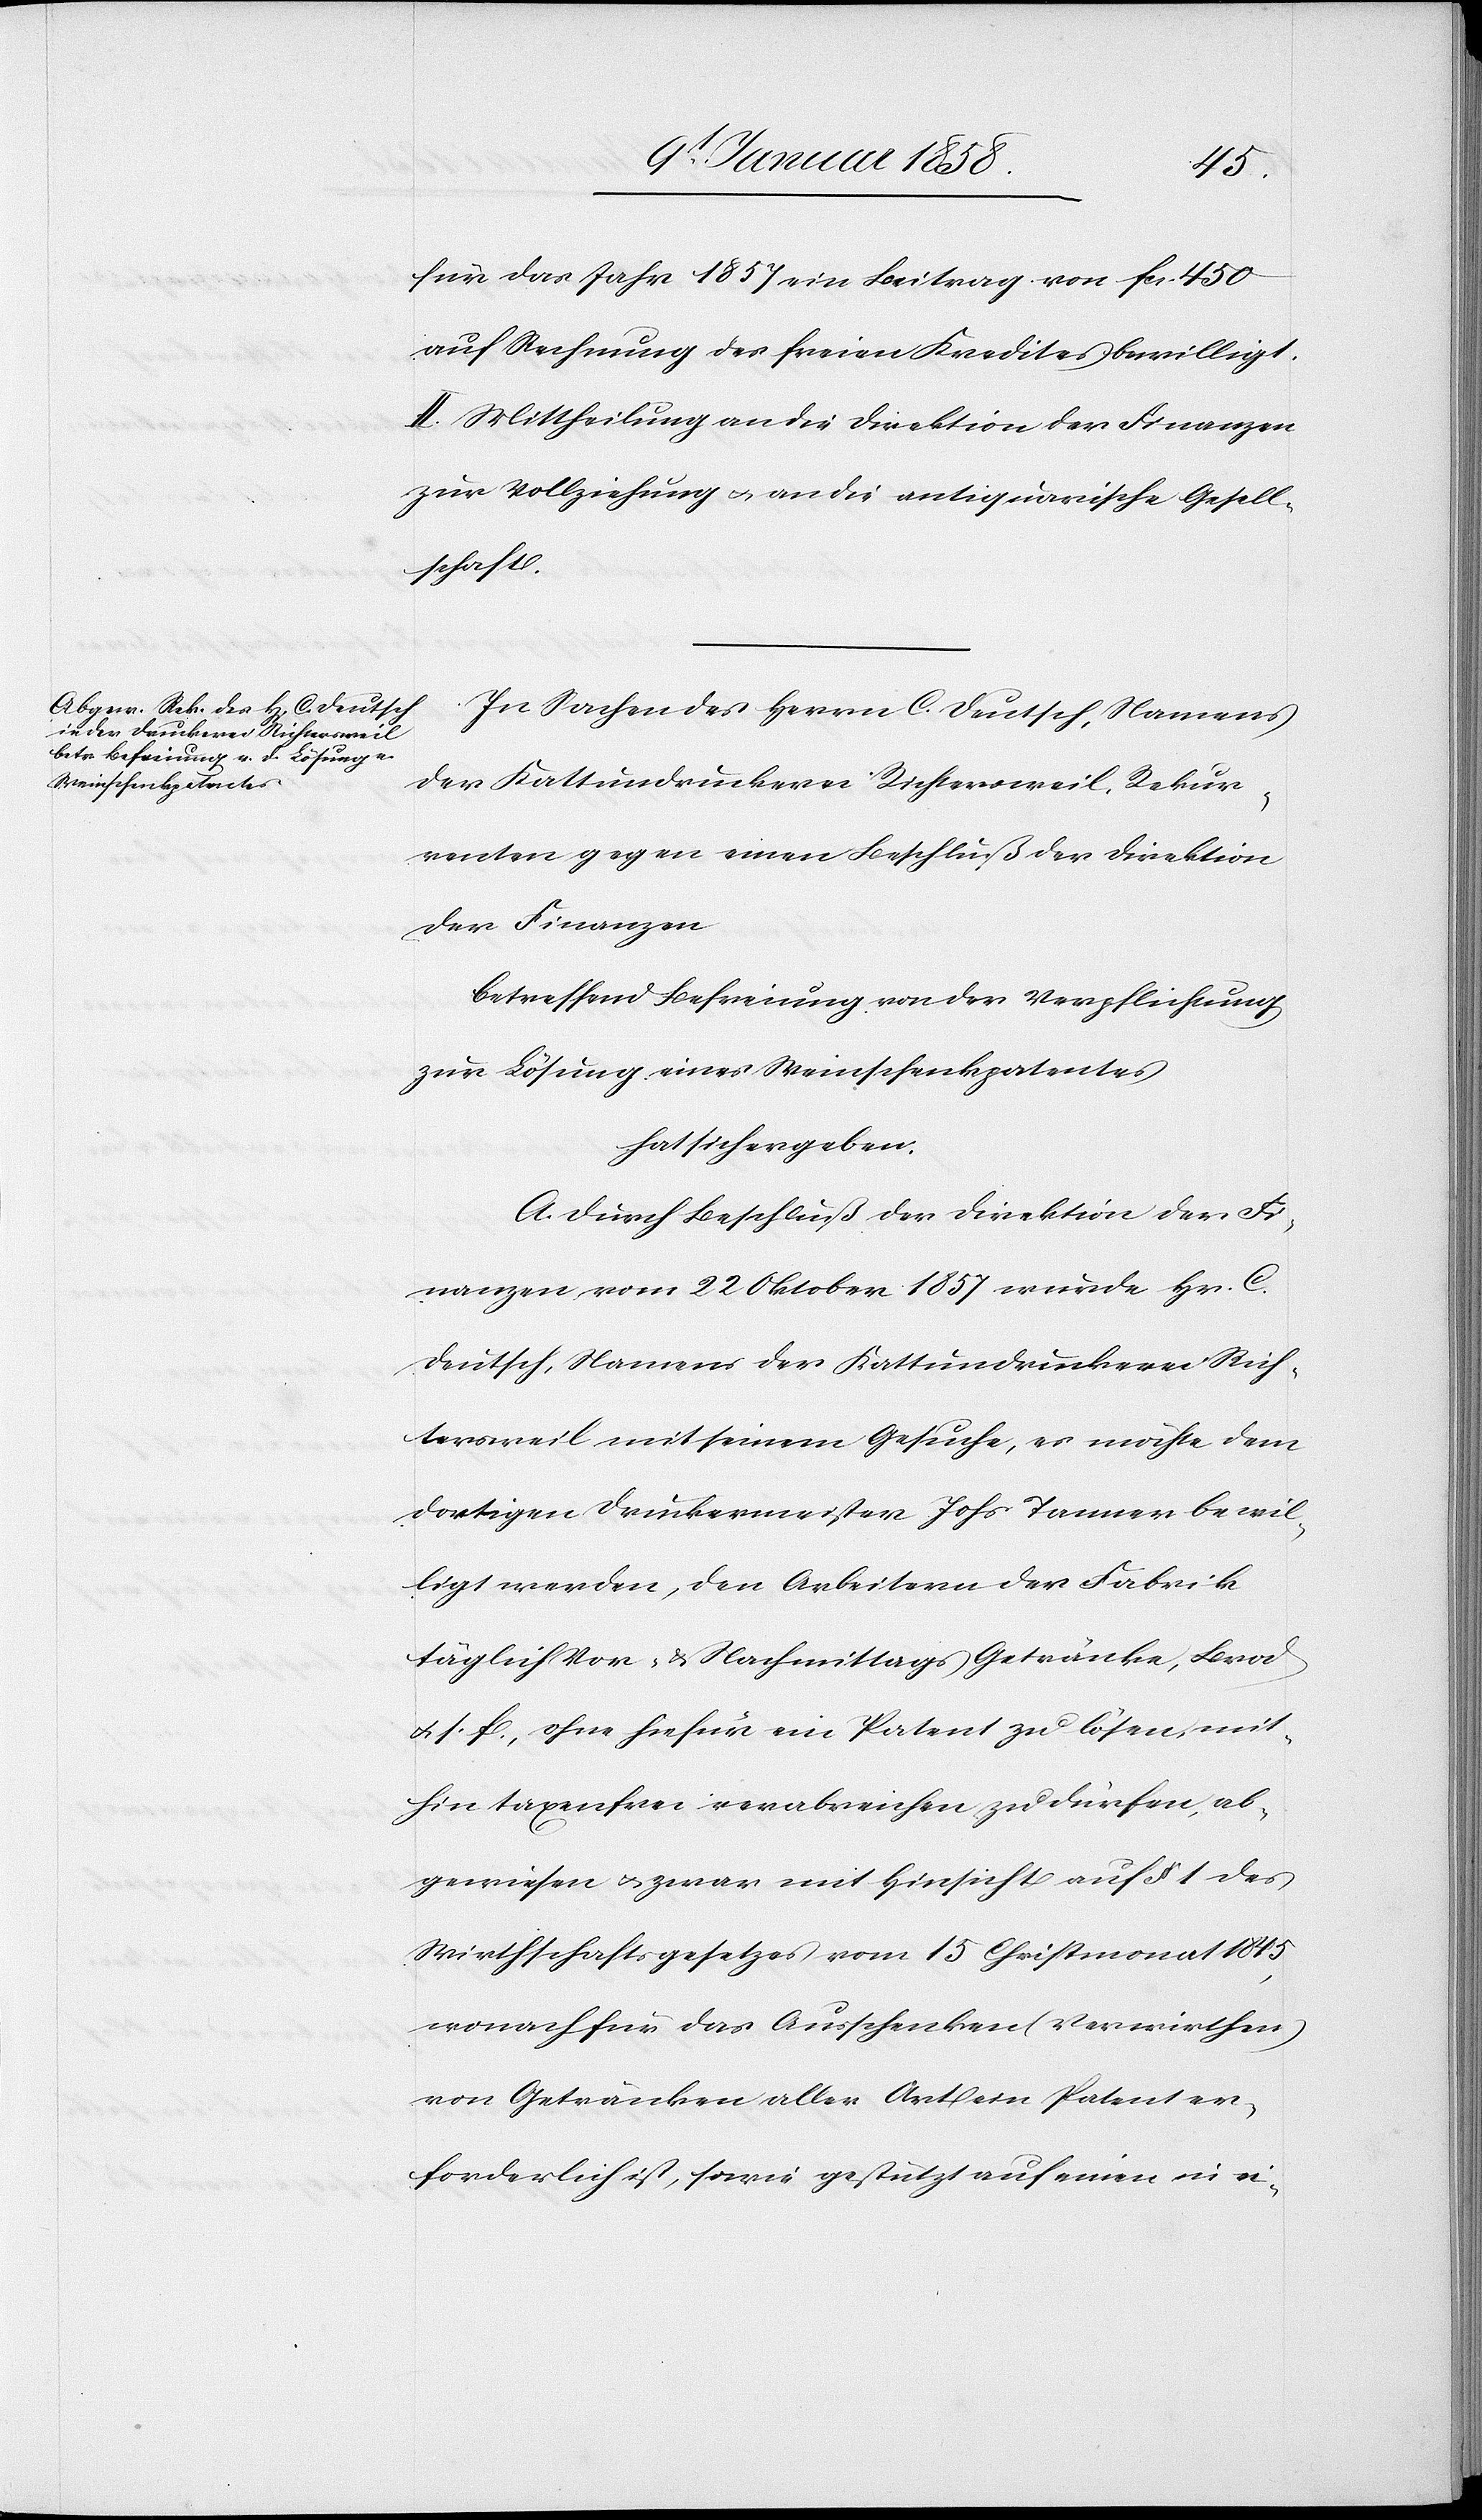
für das Jahr 1857 ein Beitrag von fcs. 450
auf Rechnung des freien Kredites bewilligt.
II. Mittheilung an die Direktion der Finanzen
zur Vollziehung u. an die antiquarische Gesell¬
schaft.
In Sachen des Herrn C. Deutsch, Namens
der Kattundruckerei Richtersweil, Rekur¬
renten gegen einen Beschluß der Direktion
der Finanzen
betreffend Befreiung von der Verpflichtung
zur Lösung eines Weinschenkpatentes
hat sich ergeben:
A. Durch Beschluß der Direktion der Fi¬
nanzen vom 22 Oktober 1857 wurde Hr. C.
Deutsch, Namens der Kattundruckerei Rich¬
tersweil mit seinem Gesuche, es möchte dem
dortigen Druckermeister Johs Tanner bewil¬
ligt werden, den Arbeitern der Fabrik
täglich Vor- u. Nachmittags Getränke, Brod
u. s. f., ohne hiefür ein Patent zu lösen, mit¬
hin taxenfrei verabreichen zu dürfen, ab¬
gewiesen u. zwar mit Hinsicht auf § 1 des
Wirthschaftsgesetzes vom 15 Christmonat 1845,
wonach für das Ausschenken (verwirthen)
von Getränken aller Art ein Patent er¬
forderlich ist, sowie gestützt auf einen in ei-